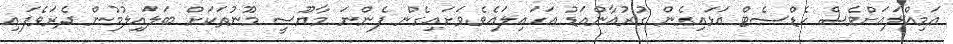
އަމިއްލައަށްވެސް ހެޑްސެޓް އަޅައިގެން ގުރުއާންއަޑު އަހައިލައެވެ.ވަށައިގެން ފެންނަ މާޔޫސީ މޫނުތަކަށް ބަލައިލުމުން ދެރަވެފައި